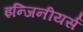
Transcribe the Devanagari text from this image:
इन्जिनीयर्स